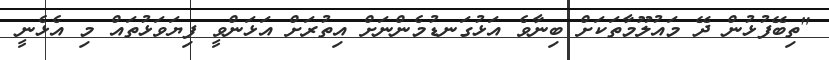
"ތިބޭފުޅުން ދޭ މައުލޫމާތަަކަށް ބިނާވެ އަޅުގަނޑުމެންނަށް އިތުރަށް އަޅަންވީ ފިޔަވަޅުތައް މި އެޅެނީ